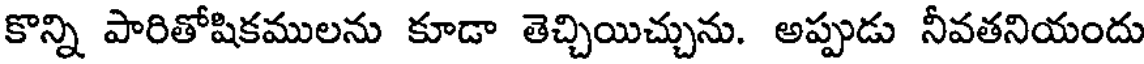
కొన్ని పారితోషికములను కూడా తెచ్చియిచ్చును. అప్పుడు నీవతనియందు